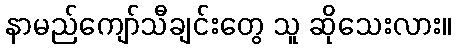
နာမည်ကျော်သီချင်းတွေ သူ ဆိုသေးလား။